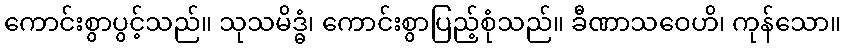
ကောင်းစွာပွင့်သည်။ သုသမိဒ္ဓံ၊ ကောင်းစွာပြည့်စုံသည်။ ခီဏာသဝေဟိ၊ ကုန်သော။